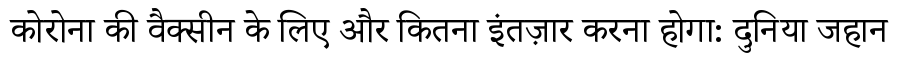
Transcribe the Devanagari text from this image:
कोरोना की वैक्सीन के लिए और कितना इंतज़ार करना होगा: दुनिया जहान